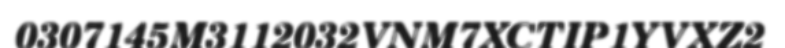
0307145M3112032VNM7XCTIP1YVXZ2